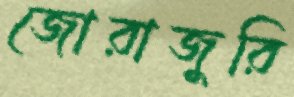
জোরাজুরি